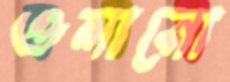
ওলানো